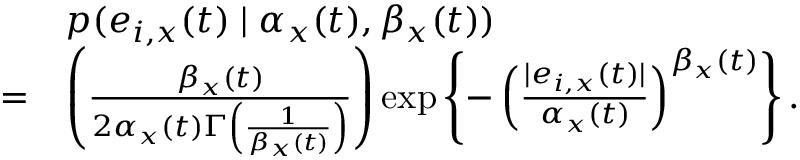
\begin{array} { r l } & { p ( e _ { i , x } ( t ) \mid \alpha _ { x } ( t ) , \beta _ { x } ( t ) ) } \\ { = } & { \left( \frac { \beta _ { x } ( t ) } { 2 \alpha _ { x } ( t ) \Gamma \left( \frac { 1 } { \beta _ { x } ( t ) } \right) } \right) \exp \left\{ - \left( \frac { | e _ { i , x } ( t ) | } { \alpha _ { x } ( t ) } \right) ^ { \beta _ { x } ( t ) } \right\} . } \end{array}